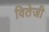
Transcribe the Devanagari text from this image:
वितेजी